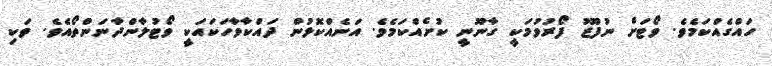
ހައްގެއްކަމެވެ. ވޯޓަށް ނުފޫޒު ފޯރުވުމަކީ ގާނޫނީ ކުށެއްކަމެވެ. އަނެއްކޮޅުން ދައްކާވާހަކައަކީ ވޯޓުލާންދާނަންތޯއެވެ. ވަކި